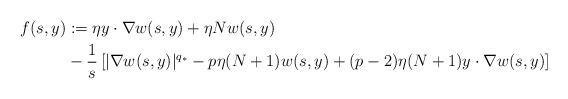
LaTeX: \begin{align*}f(s,y) & := \eta y\cdot \nabla w(s,y) + \eta N w(s,y) \\& - \frac{1}{s} \left[ |\nabla w(s,y)|^{q_*} - p \eta (N+1) w(s,y) + (p-2) \eta (N+1) y\cdot \nabla w(s,y) \right]\end{align*}